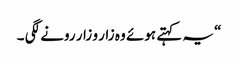
“ یہ کہتے ہوئے وہ زار و زار رونے لگی ۔